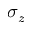
\sigma _ { z }